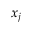
x _ { j }